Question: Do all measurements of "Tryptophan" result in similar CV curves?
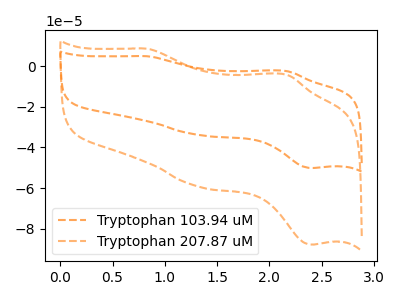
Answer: <think>The orange dashed curve "Tryptophan 103.94 uM" has anodic peaks at (0.85V, 4.95uA) (2.15V, -2.40uA) and cathodic peaks at (1.30V, -33.80uA) (2.40V, -50.10uA). The orange dashed curve "Tryptophan 207.87 uM" has anodic peaks at (0.85V, 8.65uA) (2.15V, -4.25uA) and cathodic peaks at (1.30V, -59.30uA) (2.40V, -87.85uA).
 All the peaks in "Tryptophan 103.94 uM" have a peak in "Tryptophan 207.87 uM" at the same potential.</think>
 <answer>All the CV's of "Tryptophan" have similar shape.</answer>
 <eval>follow_rule</eval>